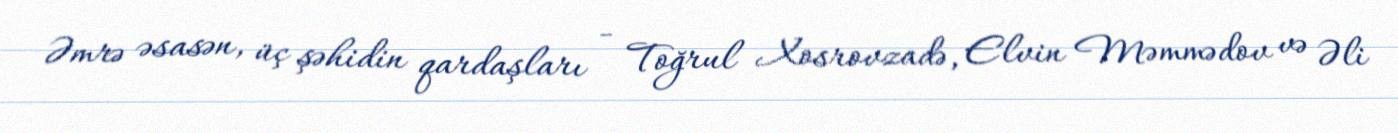
Əmrə əsasən, üç şəhidin qardaşları - Toğrul Xosrovzadə, Elvin Məmmədov və Əli